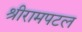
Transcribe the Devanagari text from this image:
श्रीरामपटल